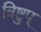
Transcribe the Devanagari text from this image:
त्रिष्टुप्‌